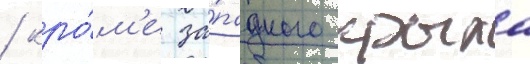
/ кро́м'е за́падного крыла